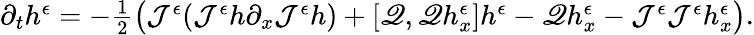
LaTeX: \begin{array}{r}{\partial_{t}h^{\epsilon}=-\frac{1}{2}\big(\mathcal{J}^{\epsilon}(\mathcal{J}^{\epsilon}h\partial_{x}\mathcal{J}^{\epsilon}h)+[\mathscr{Q},\mathscr{Q}h_{x}^{\epsilon}]h^{\epsilon}-\mathscr{Q}h_{x}^{\epsilon}-\mathcal{J}^{\epsilon}\mathcal{J}^{\epsilon}h_{x}^{\epsilon}\big).}\end{array}